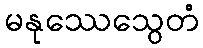
မနုဿေသွေတံ